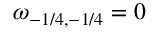
\omega _ { - 1 / 4 , - 1 / 4 } = 0